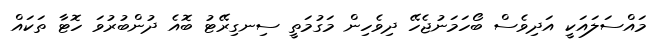
މައްސަލައަކީ އަދިވެސް ބޯހަމަނުޖެހޭ ދިވެހިން މަގުމަތީ ސިނގިރޭޓު ބޮއެ ދުންބުރުވަ ހޮޓާ ތަކައް